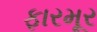
ફારમૂર